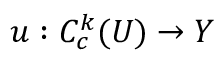
u : C _ { c } ^ { k } ( U ) \to Y